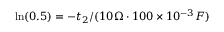
\ln ( 0 . 5 ) = - t _ { 2 } / ( 1 0 \Omega \cdot 1 0 0 \times 1 0 ^ { - 3 } F )